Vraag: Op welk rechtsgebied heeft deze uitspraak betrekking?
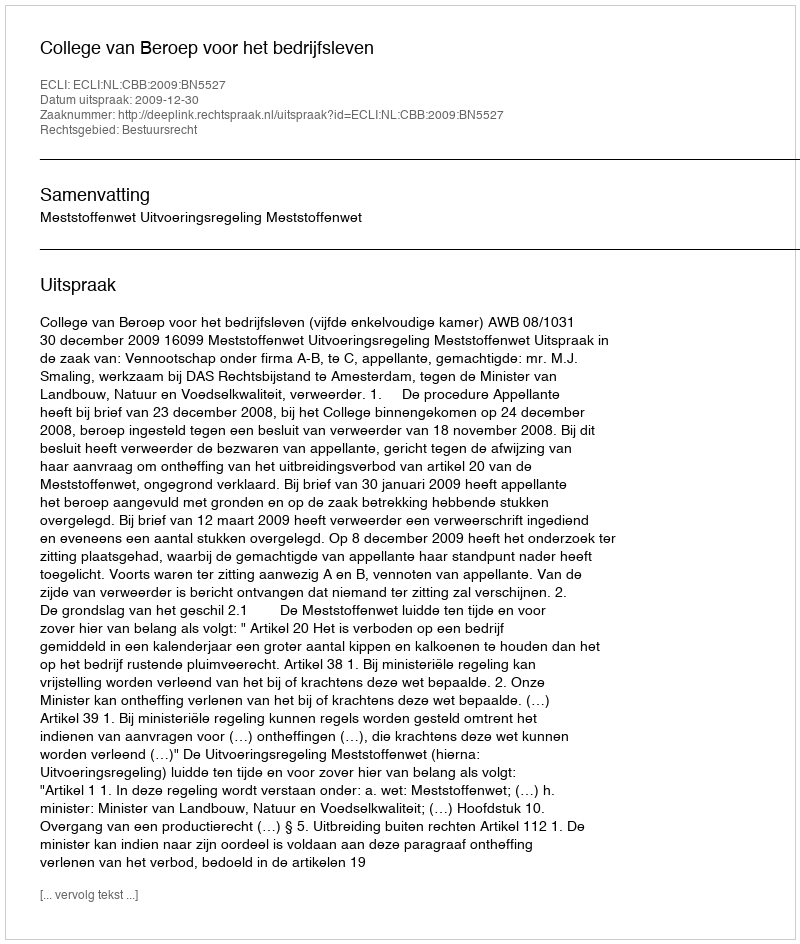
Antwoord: Bestuursrecht